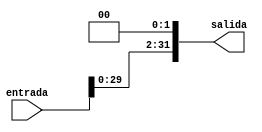
module shiftLeft(
	input [31:0] entrada,
	output [31:0] salida
);

assign salida = entrada << 2;
endmodule